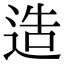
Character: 造